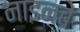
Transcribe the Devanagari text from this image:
नाइनचे